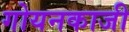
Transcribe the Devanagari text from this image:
गोयनकाजी